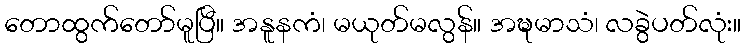
တောထွက်တော်မူပြီ။ အနူနကံ၊ မယုတ်မလွန်။ အဍ္ဎမာသံ၊ လခွဲပတ်လုံး။